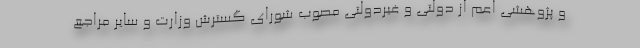
و پژوهشی اعم از دولتی و غیردولتی مصوب شورای گسترش وزارت و سایر مراجع